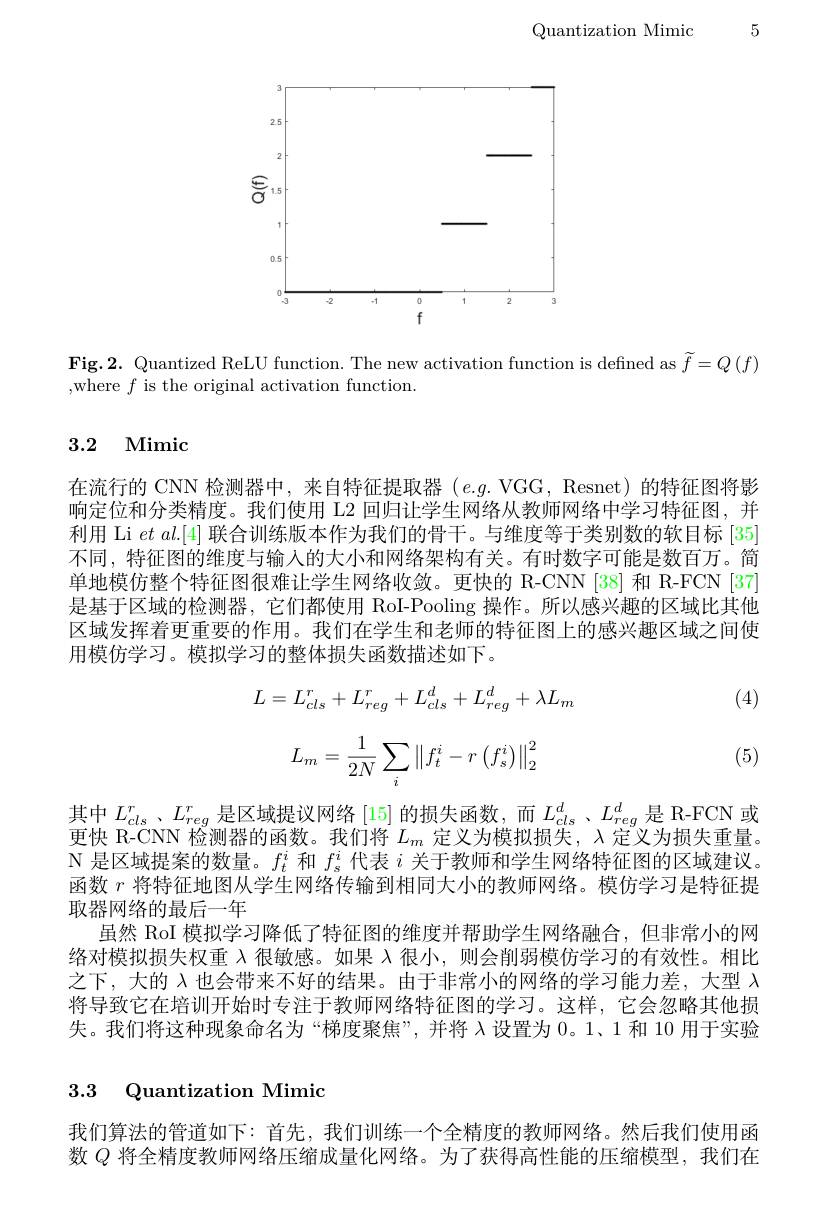
Quantization Mimic 5

<FigureHere>

Fig.2. Quantized ReLU function. The new activation function is defined as $\widetilde{f}=Q\left(f\right)$
,where $f$ is the original activation function.

## 3.2 Mimic

在流行的 CNN 检测器中，来自特征提取器(e.g.VGG,Resnet)的特征图将影响定位和分类精度。我们使用 L2 回归让学生网络从教师网络中学习特征图，并利用 Li $etal.[4]$联合训练版本作为我们的骨干。与维度等于类别数的软目标 [35] 不同，特征图的维度与输入的大小和网络架构有关。有时数字可能是数百万。简单地模仿整个特征图很难让学生网络收敛。更快的 R-CNN [38] 和 R-FCN [37是基于区域的检测器，它们都使用 RoI-Pooling 操作。所以感兴趣的区域比其他区域发挥着更重要的作用。我们在学生和老师的特征图上的感兴趣区域之间使用模仿学习。模拟学习的整体损失函数描述如下。

(4)
$$L=L_{cls}^r+L_{reg}^r+L_{cls}^d+L_{reg}^d+\lambda L_m$$
$$L_m=\frac{1}{2N}\sum_i\left\|f_t^i-r\left(f_s^i\right)\right\|_2^2$$
(5)

其中$L_cls^{r}$、$L_reg^{r}$是区域提议网络 [15]的损失函数，而$L_cls^{d}$、$L_reg^{d}$是 R-FCN 或更快 R-CNN 检测器的函数。我们将$L_m$定义为模拟损失，$\lambda$定义为损失重量。N 是区域提案的数量。$f_t^i$和$f_s^i$代表$i$关于教师和学生网络特征图的区域建议函数$r$将特征地图从学生网络传输到相同大小的教师网络。模仿学习是特征提取器网络的最后一年
虽然 RoI 模拟学习降低了特征图的维度并帮助学生网络融合，但非常小的网络对模拟损失权重$\lambda$很敏感。如果$\lambda$很小，则会削弱模仿学习的有效性。相比之下，大的$\lambda$也会带来不好的结果。由于非常小的网络的学习能力差，大型$\lambda$ 将导致它在培训开始时专注于教师网络特征图的学习。这样，它会忽略其他损失。我们将这种现象命名为“梯度聚焦”,并将$\lambda$设置为0。1、1 和 10 用于实验

## 3.3 Quantization Mimic

我们算法的管道如下：首先，我们训练一个全精度的教师网络。然后我们使用函数$Q$将全精度教师网络压缩成量化网络。为了获得高性能的压缩模型，我们在